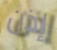
إذن